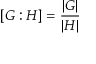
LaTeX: [ G : H ] = { \frac { | G | } { | H | } }